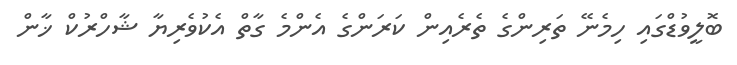
ބޮލީވުޑްގައި ހިމެނޭ ތަރިންގެ ތެރެއިން ކަރަންގެ އެންމެ ގާތް އެކުވެރިޔާ ޝާހްރުކް ޚާން